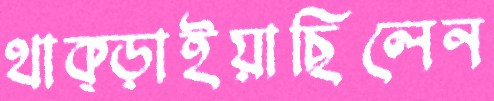
থাক্‌ড়াইয়াছিলেন